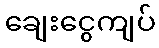
ချေးငွေကျပ်